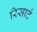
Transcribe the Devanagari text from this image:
रिसार्ट